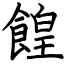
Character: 餭